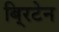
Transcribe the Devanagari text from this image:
बि्रटेन